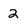
Character: 2